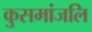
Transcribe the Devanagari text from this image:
कुसमांजलि